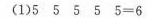
(1)$$5 5 5 5 5 = 6$$